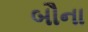
બૌના